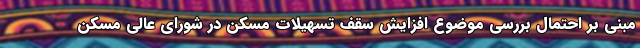
مبنی بر احتمال بررسی موضوع افزایش سقف تسهیلات مسکن در شورای عالی مسکن